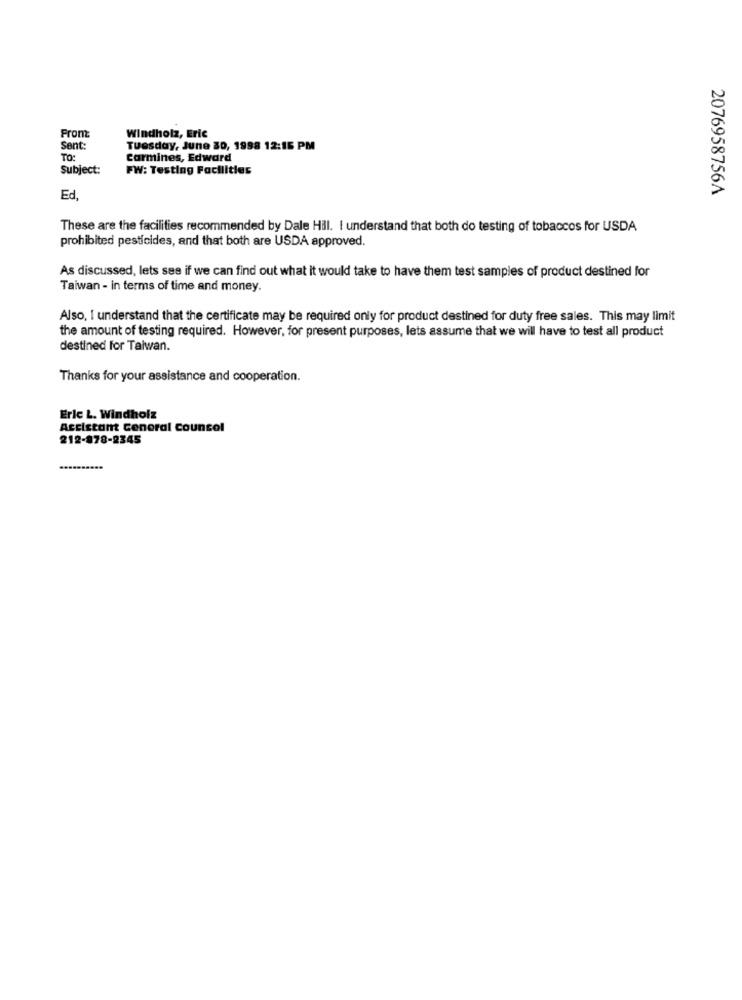
From:
Windholz, Eric
Sent:
Tuesday, June 30, 1998 12:16 PM
TO:
Carmines, Edward
Subject:
FW: Testing Facilities
2076958756A
Ed
These are the facilities recommended by Dale Hill. I understand that both do testing of tobaccos for USDA
prohibited pesticides, and that both are USDA approved.
As discussed, lets see if we can find out what it would take to have them test samples of product destined for
Taiwan - in terms of time and money.
Also, I understand that the certificate may be required only for product destined for duty free sales. This may limit
the amount of testing required. However, for present purposes, lets assume that we will have to test all product
destined for Taiwan.
Thanks for your assistance and cooperation.
Eric L. Windholz
Accistant Conoral Counsel
212-878-2345